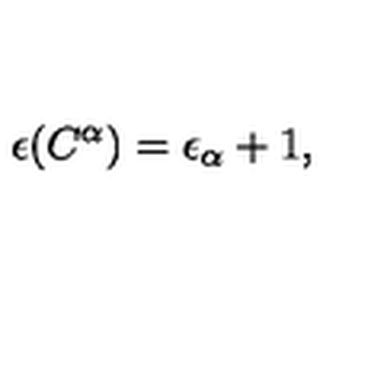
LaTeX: \epsilon ( C ^ { \alpha } ) = \epsilon _ { \alpha } + 1 ,